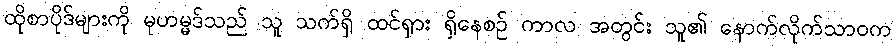
ထိုစာပိုဒ်များကို မုဟမ္မဒ်သည် သူ သက်ရှိ ထင်ရှား ရှိနေစဉ် ကာလ အတွင်း သူ၏ နောက်လိုက်သာဝက